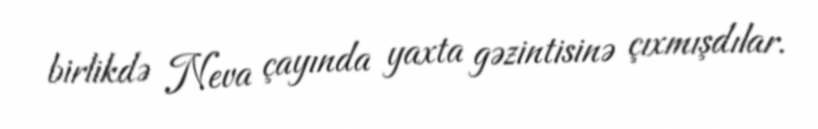
birlikdə Neva çayında yaxta gəzintisinə çıxmışdılar.